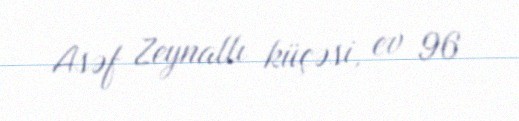
Asəf Zeynallı küçəsi, ev 96